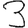
Digit: 3